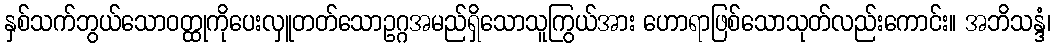
နှစ်သက်ဘွယ်သောဝတ္ထုကိုပေးလှူတတ်သောဥဂ္ဂအမည်ရှိသောသူကြွယ်အား ဟောရာဖြစ်သောသုတ်လည်းကောင်း။ အဘိသန္ဒံ၊